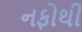
નફોથી